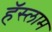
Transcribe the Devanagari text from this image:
हॅस्लाम